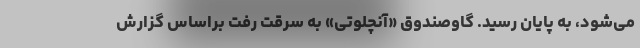
می‌شود، به پایان رسید. گاوصندوق «آنچلوتی» به سرقت رفت براساس گزارش